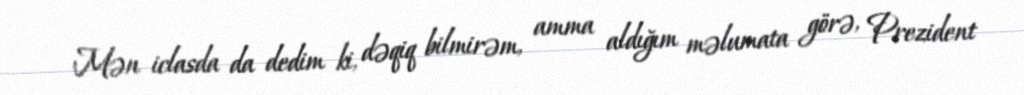
Mən iclasda da dedim ki, dəqiq bilmirəm, amma aldığım məlumata görə, Prezident